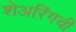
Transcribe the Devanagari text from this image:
शेअरिंगची